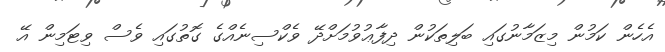
އެހެން ކަމުން މިޒަމާނުގައި ބަލިތަކުން ދިފާޢުވުމަށްދޭ ވެކްސިނެއްގެ ގޮތުގައި ވެސް ވިޓަމިން އޭ